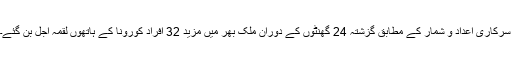
سرکاری اعداد و شمار کے مطابق گزشتہ 24 گھنٹوں کے دوران ملک بھر میں مزید 32 افراد کورونا کے ہاتھوں لقمہ اجل بن گئے۔